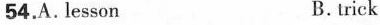
54.A. lesson B. trick